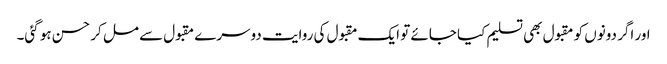
اور اگر دونوں کو مقبول بھی تسلیم کیا جائے تو ایک مقبول کی روایت دوسرے مقبول سے مل کر حسن ہو گئی۔